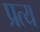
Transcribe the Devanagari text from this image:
प्रत्य